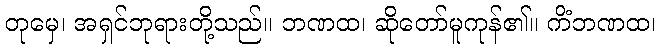
တုမှေ၊ အရှင်ဘုရားတို့သည်။ ဘဏထ၊ ဆိုတော်မူကုန်၏။ ကိံဘဏထ၊